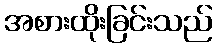
အစားထိုးခြင်းသည်